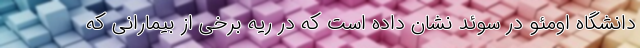
دانشگاه اومئو در سوئد نشان داده است که در ریه برخی از بیمارانی که